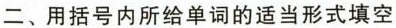
二、用括号内所给单词的适当形式填空